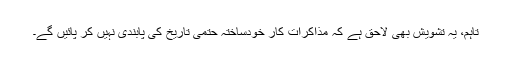
تاہم، یہ تشویش بھی لاحق ہے کہ مذاکرات کار خودساختہ حتمی تاریخ کی پابندی نہیں کر پائیں گے۔